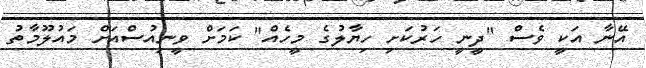
އޭނާ އަކީ ވެސް "ދީނީ ހަރުކަށި ހިޔާލުގެ މީހެއް" ކަމަށް ވީނިއުސްއަށް މައުލޫމާތު